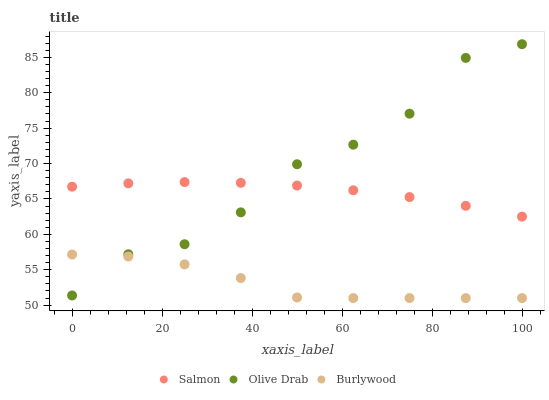
| xaxis_label | Salmon | Olive Drab | Burlywood |
 | --- | --- | --- | --- |
 | 0 | 66.7 | 51.4 | 57.2 |
 | 12.5 | 67.2 | 57.2 | 56.9 |
 | 25 | 67.4 | 58.6 | 55.8 |
 | 37.5 | 67.3 | 63.1 | 53.8 |
 | 50 | 66.9 | 69.9 | 51.1 |
 | 62.5 | 66.2 | 72.7 | 51 |
 | 75 | 65.3 | 77 | 51 |
 | 87.5 | 64 | 84.9 | 51 |
 | 100 | 62.5 | 86.8 | 51 |